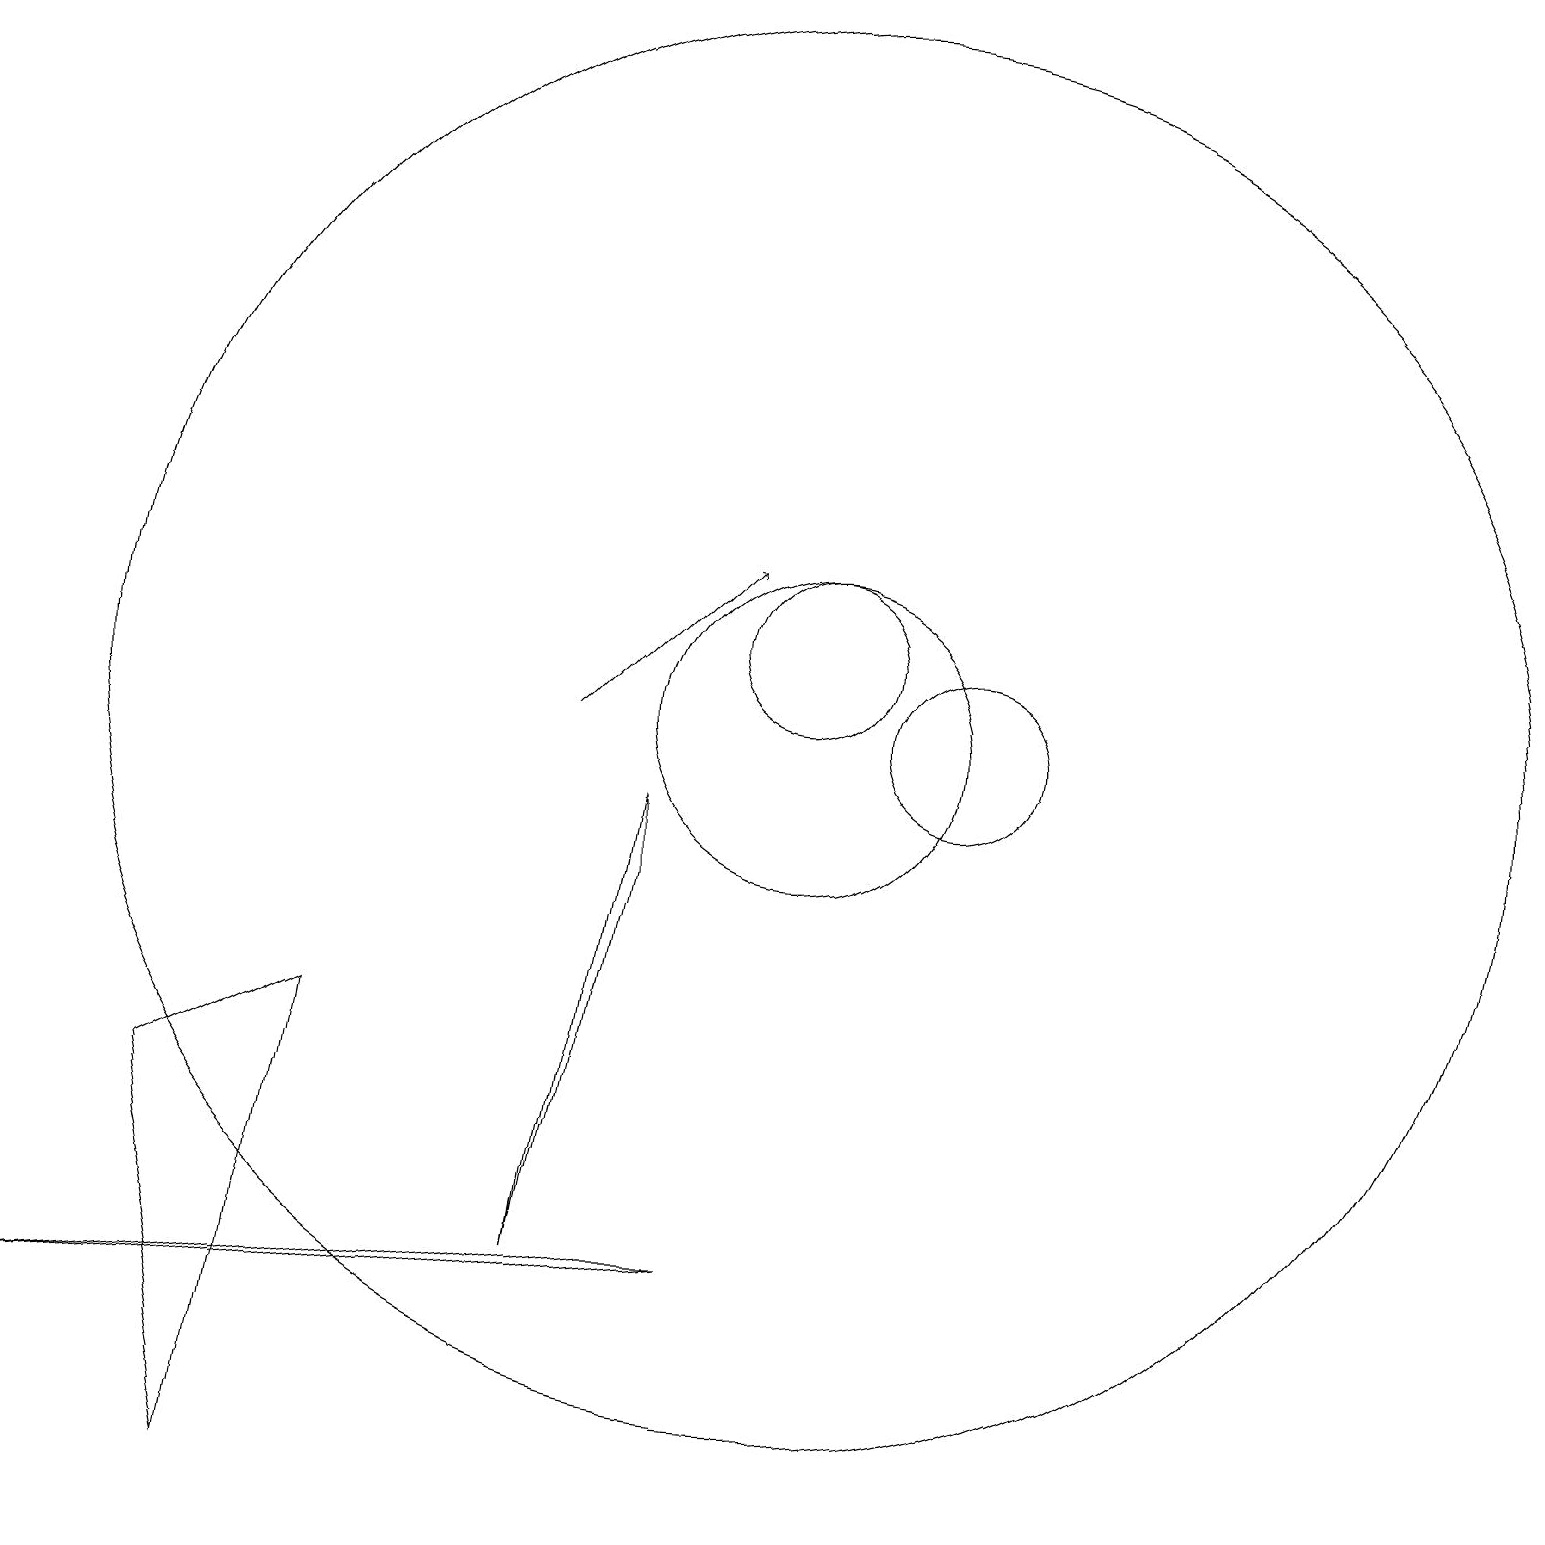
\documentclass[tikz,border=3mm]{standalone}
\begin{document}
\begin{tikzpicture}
\draw (10,10) circle (2);
\draw (9,3) -- (8,3) -- (0,2) -- cycle;
\draw (4,6) -- (2,5) -- (3,0) -- cycle;
\draw (12,10) circle (1);
\draw (10,10) circle (9);
\draw (10,11) circle (1);
\draw[->] (7,10) -- (9,12);
\draw (8,8) -- (7,3) -- (8,9) -- cycle;
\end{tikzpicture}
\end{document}